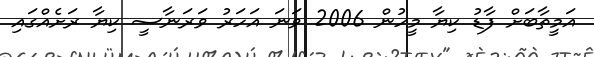
އަމީތާބަށް ފާޑު ކިޔާ މީހުން 2006 ވަނަ އަހަރު ވަރަނާސީ ކިޔާ ރަށެއްގައި